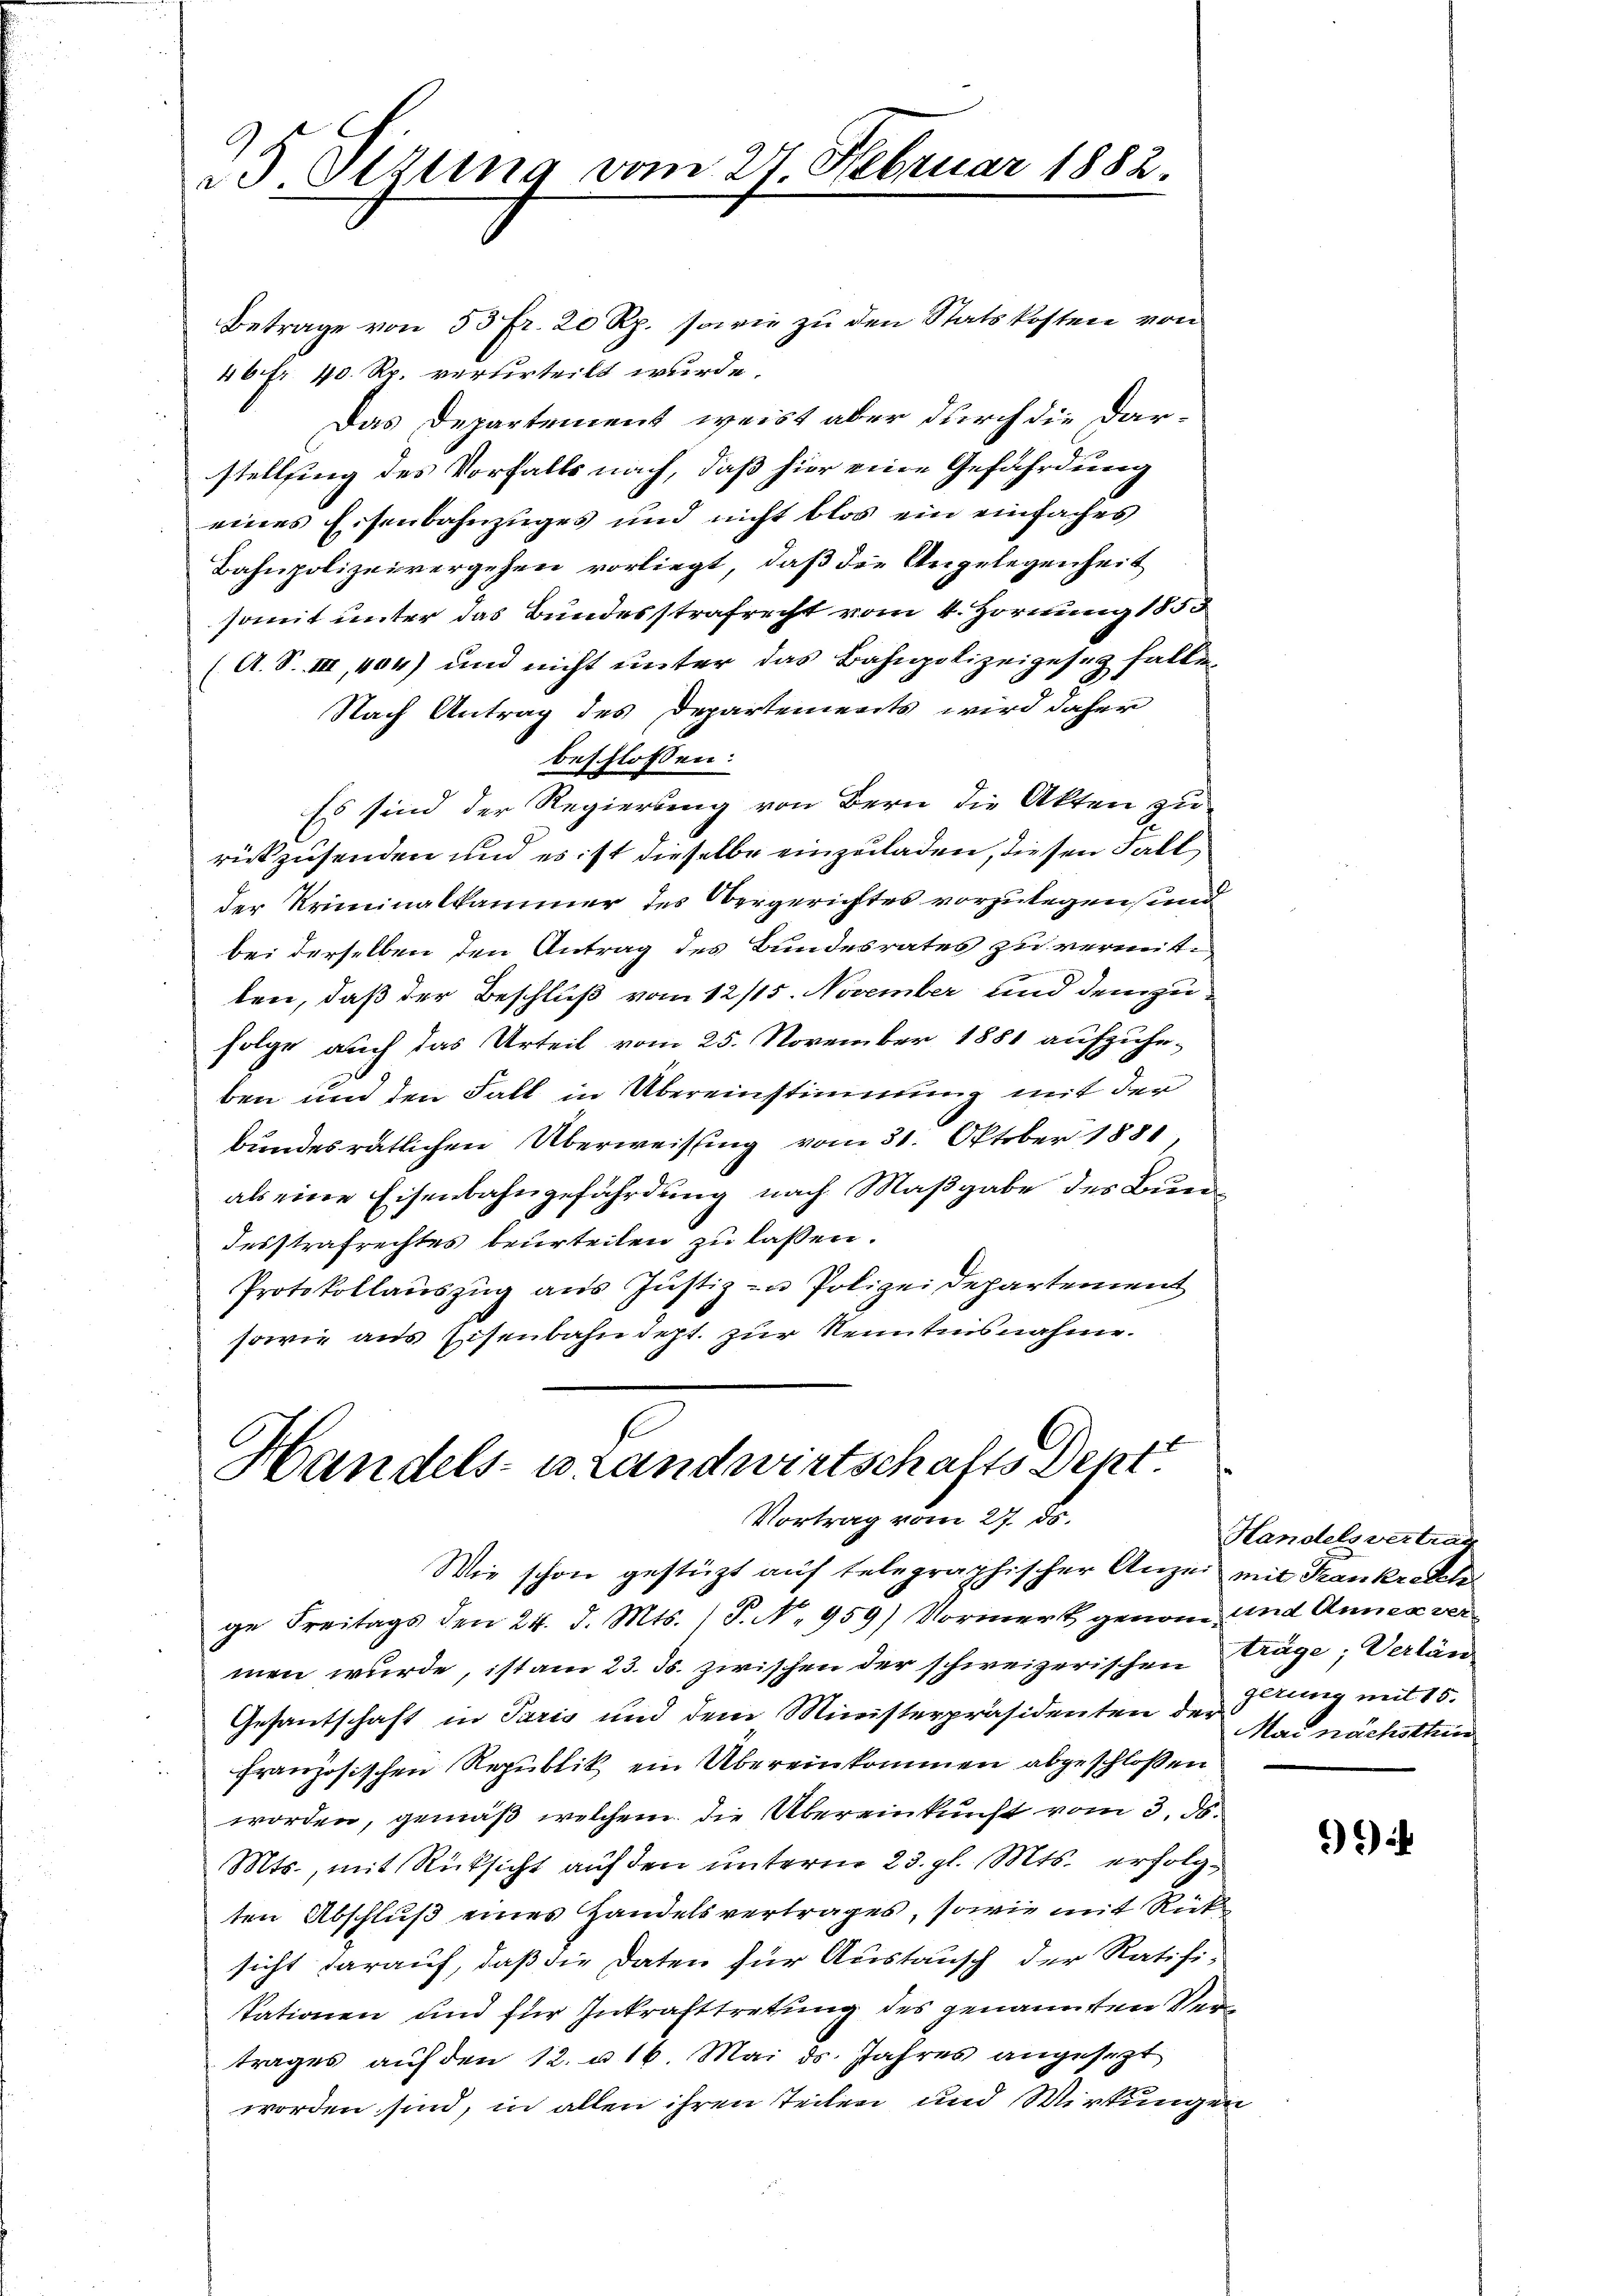
25 Ottung vom 27. Februar 1882.

Betrage von 53 Fr. 20 Rp. sowie zu den Statskosten von
46 Fr. 40. Rp. verurteilt wurde.
Das Departement weist aber durch die Darstelling des Vorfalls nach, daß hier eine Gefährdung
eines Eisenbahnzuges und nicht blos ein einfaches
Bahnpolizeivergehen vorliegt, daß die Angelegenheit
somit unter das Bundesstrafrecht vom 4. Hornung 1853
(A. S. III, 404) und nicht unter das Bahnpolizeigesez falle
Nach Antrag des Departements wird daher
beschlossen:
Es sind der Regierung von Bern die Akten zu
rückzusenden und es ist dieselbe einzuladen, diesen Fall
der Kriminalkammer des Obergerichtes vorzulegen, und
bei derselben den Antrag des Bundesrates zu vermitten, daß der Beschluß vom 12/15. November und dem zufolge auch das Urteil vom 25. November 1881 aufzuheben und den Fall in Übereinstimmung mit der
bundesrätlichen Überweisung vom 31. Oktober 1881
als eine Eisenbahngefährdung nach Maßgabe des Buen¬
Insstrafrechtes beurteilen zu lassen.
Protokollauszug aus Justiz zu Polizei Departement
sowie aus Eisenbahndept. zur Kenntnisnahme.

Handels- u Landwirtschalts Dept
Vortrag vom 27. ds.

Wie schon gestützt auf telegraphischer Anzei mit Krankretch
ge Freitags den 24. d. Mts. (T. N. 959) Vormerk genom- und Annex vermen wurde, ist am 23. ds. zwischen der schweizerischen Rüge; Verlän
Gesantschaft in Paris und dene Ministerpräsidenten der Mai nächsthin
französischen Republik ein Übereinkommen abgeschloßen
worden, gemäß welchem die Übereinkunft vom 3. ds.
Mts., mit Rücksicht auf den unterm 23. gl. Mts. erfolgten Abschluß eines Handelsvertrages, sowie mit Rücksicht darauf, daß die Daten für Austausch der Ratifi-
tationen und für Inkrafttretung des genannten Vertrages auf den 12. u 16. Mai ds. Jahres angesezt
worden sind, in allen ihren Teilen und Wirkungen

Handelsvertrag
Iltung mit 15.

)